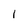
Character: 1